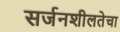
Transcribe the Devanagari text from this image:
सर्जनशीलतेचा